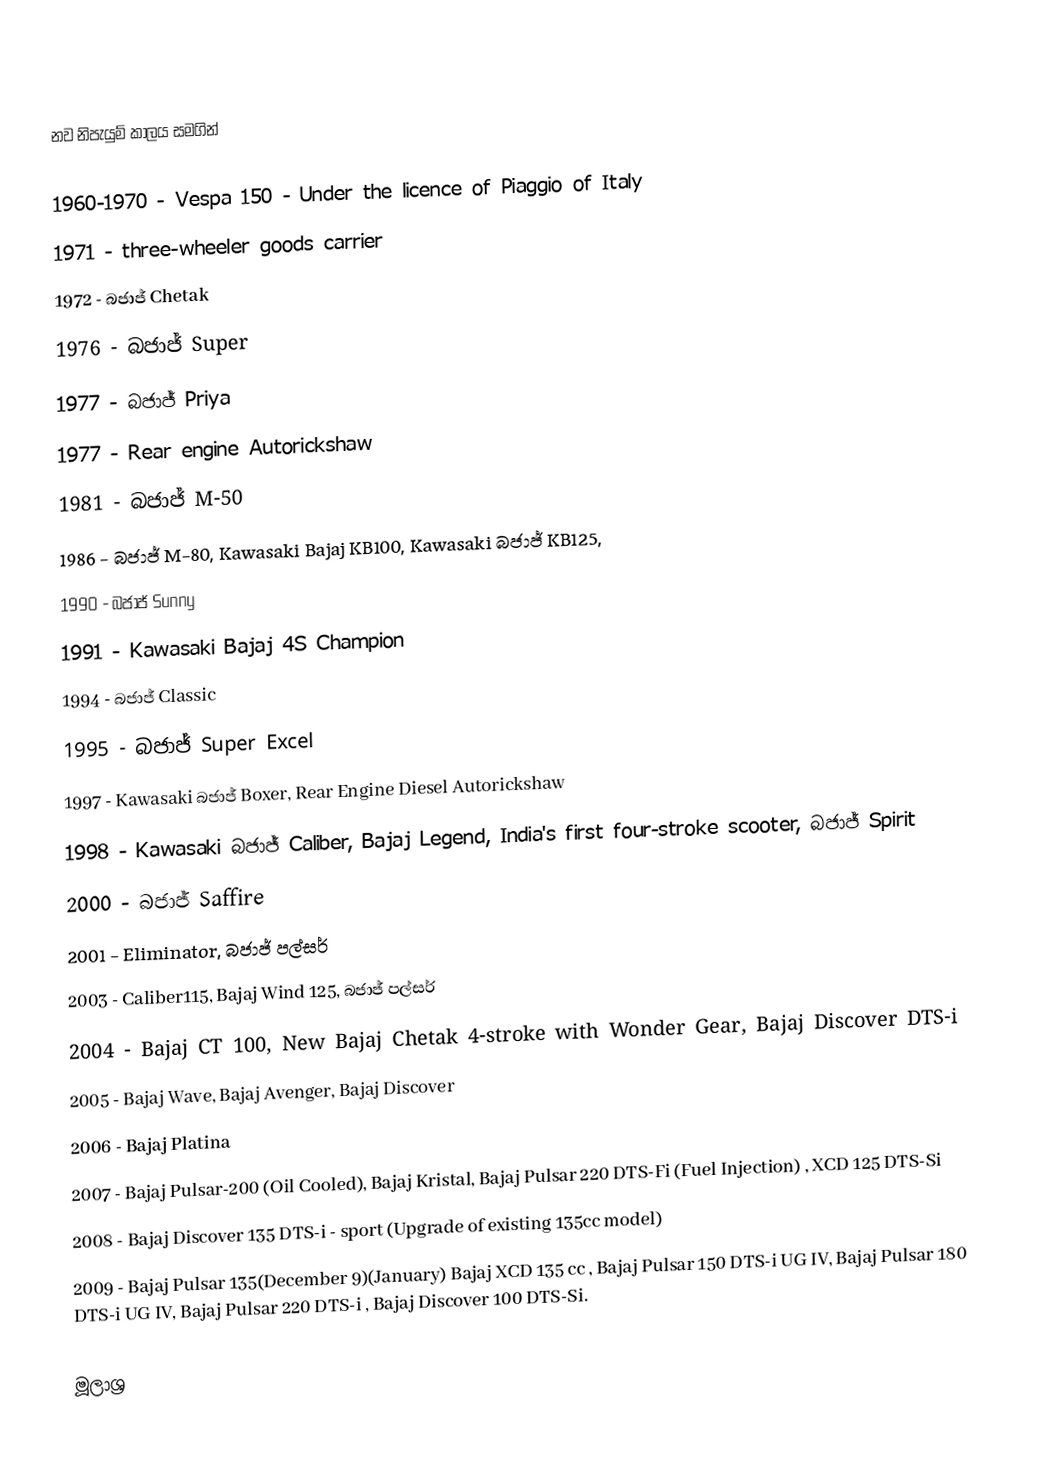

නව නිපැයුම් කාලය සමගින්

 1960-1970 - Vespa 150 - Under the licence of Piaggio of Italy
 1971 - three-wheeler goods carrier
 1972 - බජාජ් Chetak
 1976 - බජාජ් Super
 1977 - බජාජ් Priya
 1977 - Rear engine Autorickshaw
 1981 - බජාජ් M-50
 1986 - බජාජ් M-80, Kawasaki Bajaj KB100, Kawasaki බජාජ් KB125,
 1990 - බජාජ් Sunny
 1991 - Kawasaki Bajaj 4S Champion
 1994 - බජාජ් Classic
 1995 - බජාජ් Super Excel
 1997 - Kawasaki බජාජ් Boxer, Rear Engine Diesel Autorickshaw
 1998 - Kawasaki බජාජ් Caliber, Bajaj Legend, India's first four-stroke scooter, බජාජ් Spirit
 2000 - බජාජ් Saffire
 2001 - Eliminator, බජාජ් පල්සර්
 2003 - Caliber115, Bajaj Wind 125, බජාජ් පල්සර්
 2004 - Bajaj CT 100, New Bajaj Chetak 4-stroke with Wonder Gear, Bajaj Discover DTS-i
 2005 - Bajaj Wave, Bajaj Avenger, Bajaj Discover
 2006 - Bajaj Platina
 2007 - Bajaj Pulsar-200 (Oil Cooled), Bajaj Kristal, Bajaj Pulsar 220 DTS-Fi (Fuel Injection) , XCD 125 DTS-Si
 2008 - Bajaj Discover 135 DTS-i - sport (Upgrade of existing 135cc model)
2009 - Bajaj Pulsar 135(December 9)(January) Bajaj XCD 135 cc , Bajaj Pulsar 150 DTS-i UG IV, Bajaj Pulsar 180 DTS-i UG IV, Bajaj Pulsar 220 DTS-i , Bajaj Discover 100 DTS-Si.

මූලාශ්‍ර